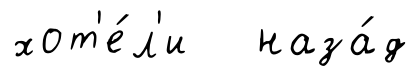
хот'е́л'и наза́д